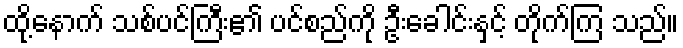
ထို့နောက် သစ်ပင်ကြီး၏ ပင်စည်ကို ဦးခေါင်းနှင့် တိုက်ကြ သည်။